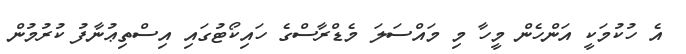
އެ ހުކުމަކީ އަންހެން މީހާ މި މައްސަލަ މެޑްރާސްގެ ހައިކޯޓުގައި އިސްތިޢުނާފު ކުރުމުން